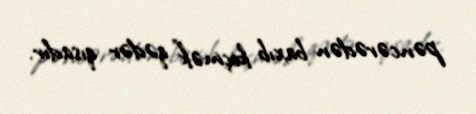
pəncərədən baxıb keçmək” qədər qısadır.